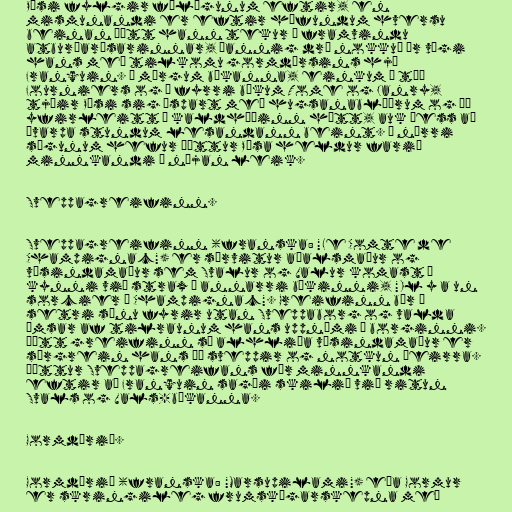
Pési fylgir félögunum eftir, en
mismunandi er eftir höfundum hversu
beinan þátt hann tekur í framvindu
atburðarásarinnar, þannig dró nokkuð úr vægi
hans með tilkomu gormdýrsins hjá
Franquin. Í mörgum bókanna, einkum í tíð
Fourniers og í fyrri bókum Tome og Janry,
tjáir Pési sig óspart með hugsanablöðrum og þá
yfirleitt á kaldhæðinn hátt, auk þess að
ávarpa stundum lesandann beint. Í nýrri
sögunum hefur þáttur Pésa heldur farið
minnkandi á nýjan leik.

Sveppagreifinn.

Sveppagreifinn (franska: "Le Comte de
Champignac") er sérvitur aðalsmaður og
vísindamaður sem Svalur og Valur komast í
kynni við strax í annarri bókinni, "Il y a un
sorcier à Champignac". Greifinn býr á
setri sínu fyrir utan Sveppaborg og valda
ýmsar af tilraunum hans uppnámi í borginni.
Þótt greifinn sé alhliða vísindamaður er
sérgrein hans þó sveppir og notkun þeirra.
Þáttur Sveppagreifans fór minnkandi
eftir að Franquin sagði skilið við ritun
Svals og Vals-bókanna.

Gormdýrið.

Gormdýrið (franska: "Marsupilami") eða Gormur
er skringileg frumskógarskepna með